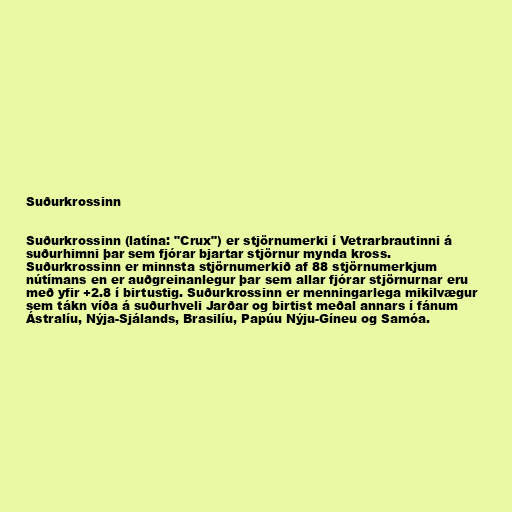
Suðurkrossinn

Suðurkrossinn (latína: "Crux") er stjörnumerki í Vetrarbrautinni á
suðurhimni þar sem fjórar bjartar stjörnur mynda kross.
Suðurkrossinn er minnsta stjörnumerkið af 88 stjörnumerkjum
nútímans en er auðgreinanlegur þar sem allar fjórar stjörnurnar eru
með yfir +2.8 í birtustig. Suðurkrossinn er menningarlega mikilvægur
sem tákn víða á suðurhveli Jarðar og birtist meðal annars í fánum
Ástralíu, Nýja-Sjálands, Brasilíu, Papúu Nýju-Gíneu og Samóa.